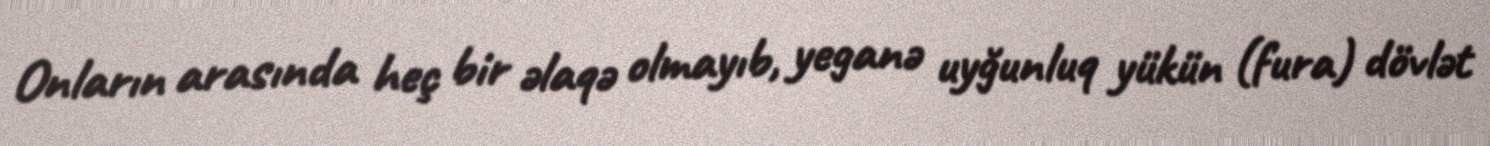
Onların arasında heç bir əlaqə olmayıb, yeganə uyğunluq yükün (fura) dövlət